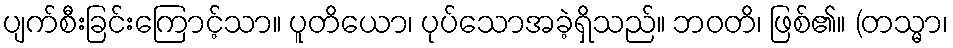
ပျက်စီးခြင်းကြောင့်သာ။ ပူတိယော၊ ပုပ်သောအခဲ့ရှိသည်။ ဘဝတိ၊ ဖြစ်၏။ (တသ္မာ၊